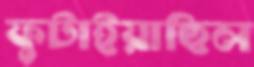
ফুটাইয়াছিল